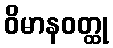
ဝိမာနဝတ္ထု